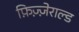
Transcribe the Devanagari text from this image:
फ़िज़्ज़ेराल्ड